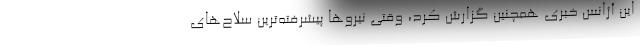
این آژانس خبری همچنین گزارش کرد، وقتی نیروها پیشرفته‌ترین سلاح‌های